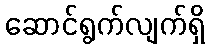
ဆောင်ရွက်လျက်ရှိ